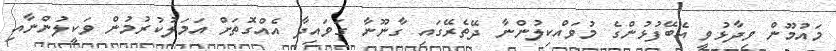
މައުމޫން ވިދާޅުވީ އެބޭފުޅުންގެ މުވައްކިލުންނާ ދޭތެރޭގައި ގާނޫނާ ގަވައިދާ އެއްގޮތަށް އަމަލުކުރުމުން ވަކީލުންނާއި